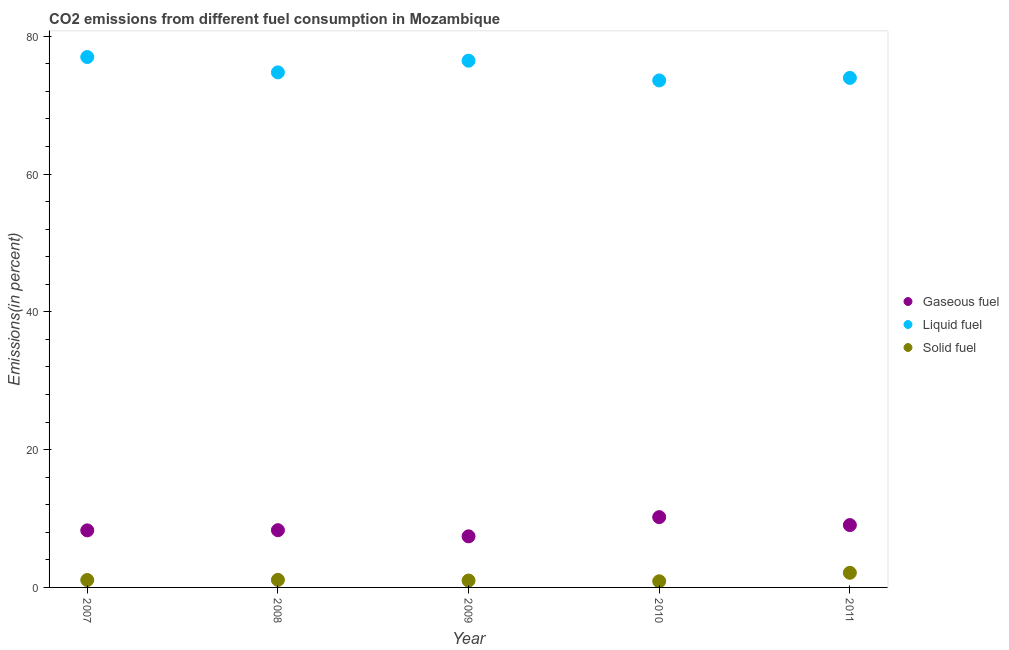
| Year | Gaseous fuel | Liquid fuel | Solid fuel |
 | --- | --- | --- | --- |
 | 2007 | 8.28 | 77 | 1.07 |
 | 2008 | 8.31 | 74.8 | 1.1 |
 | 2009 | 7.42 | 76.5 | 0.999 |
 | 2010 | 10.2 | 73.6 | 0.893 |
 | 2011 | 9.05 | 74 | 2.12 |